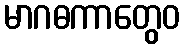
မာဂဓကာတွေဝ